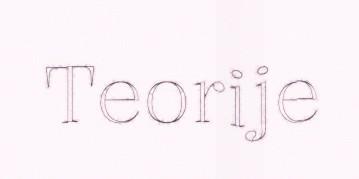
Teorije